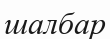
шалбар